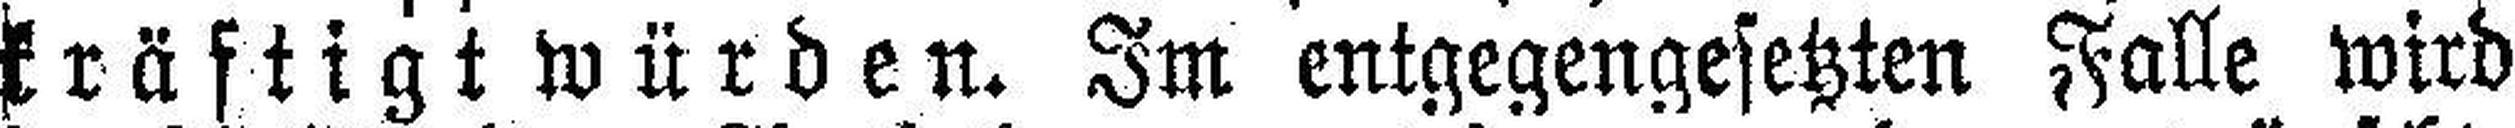
kräftigt würden. Im entgegengesetzten Falle wird